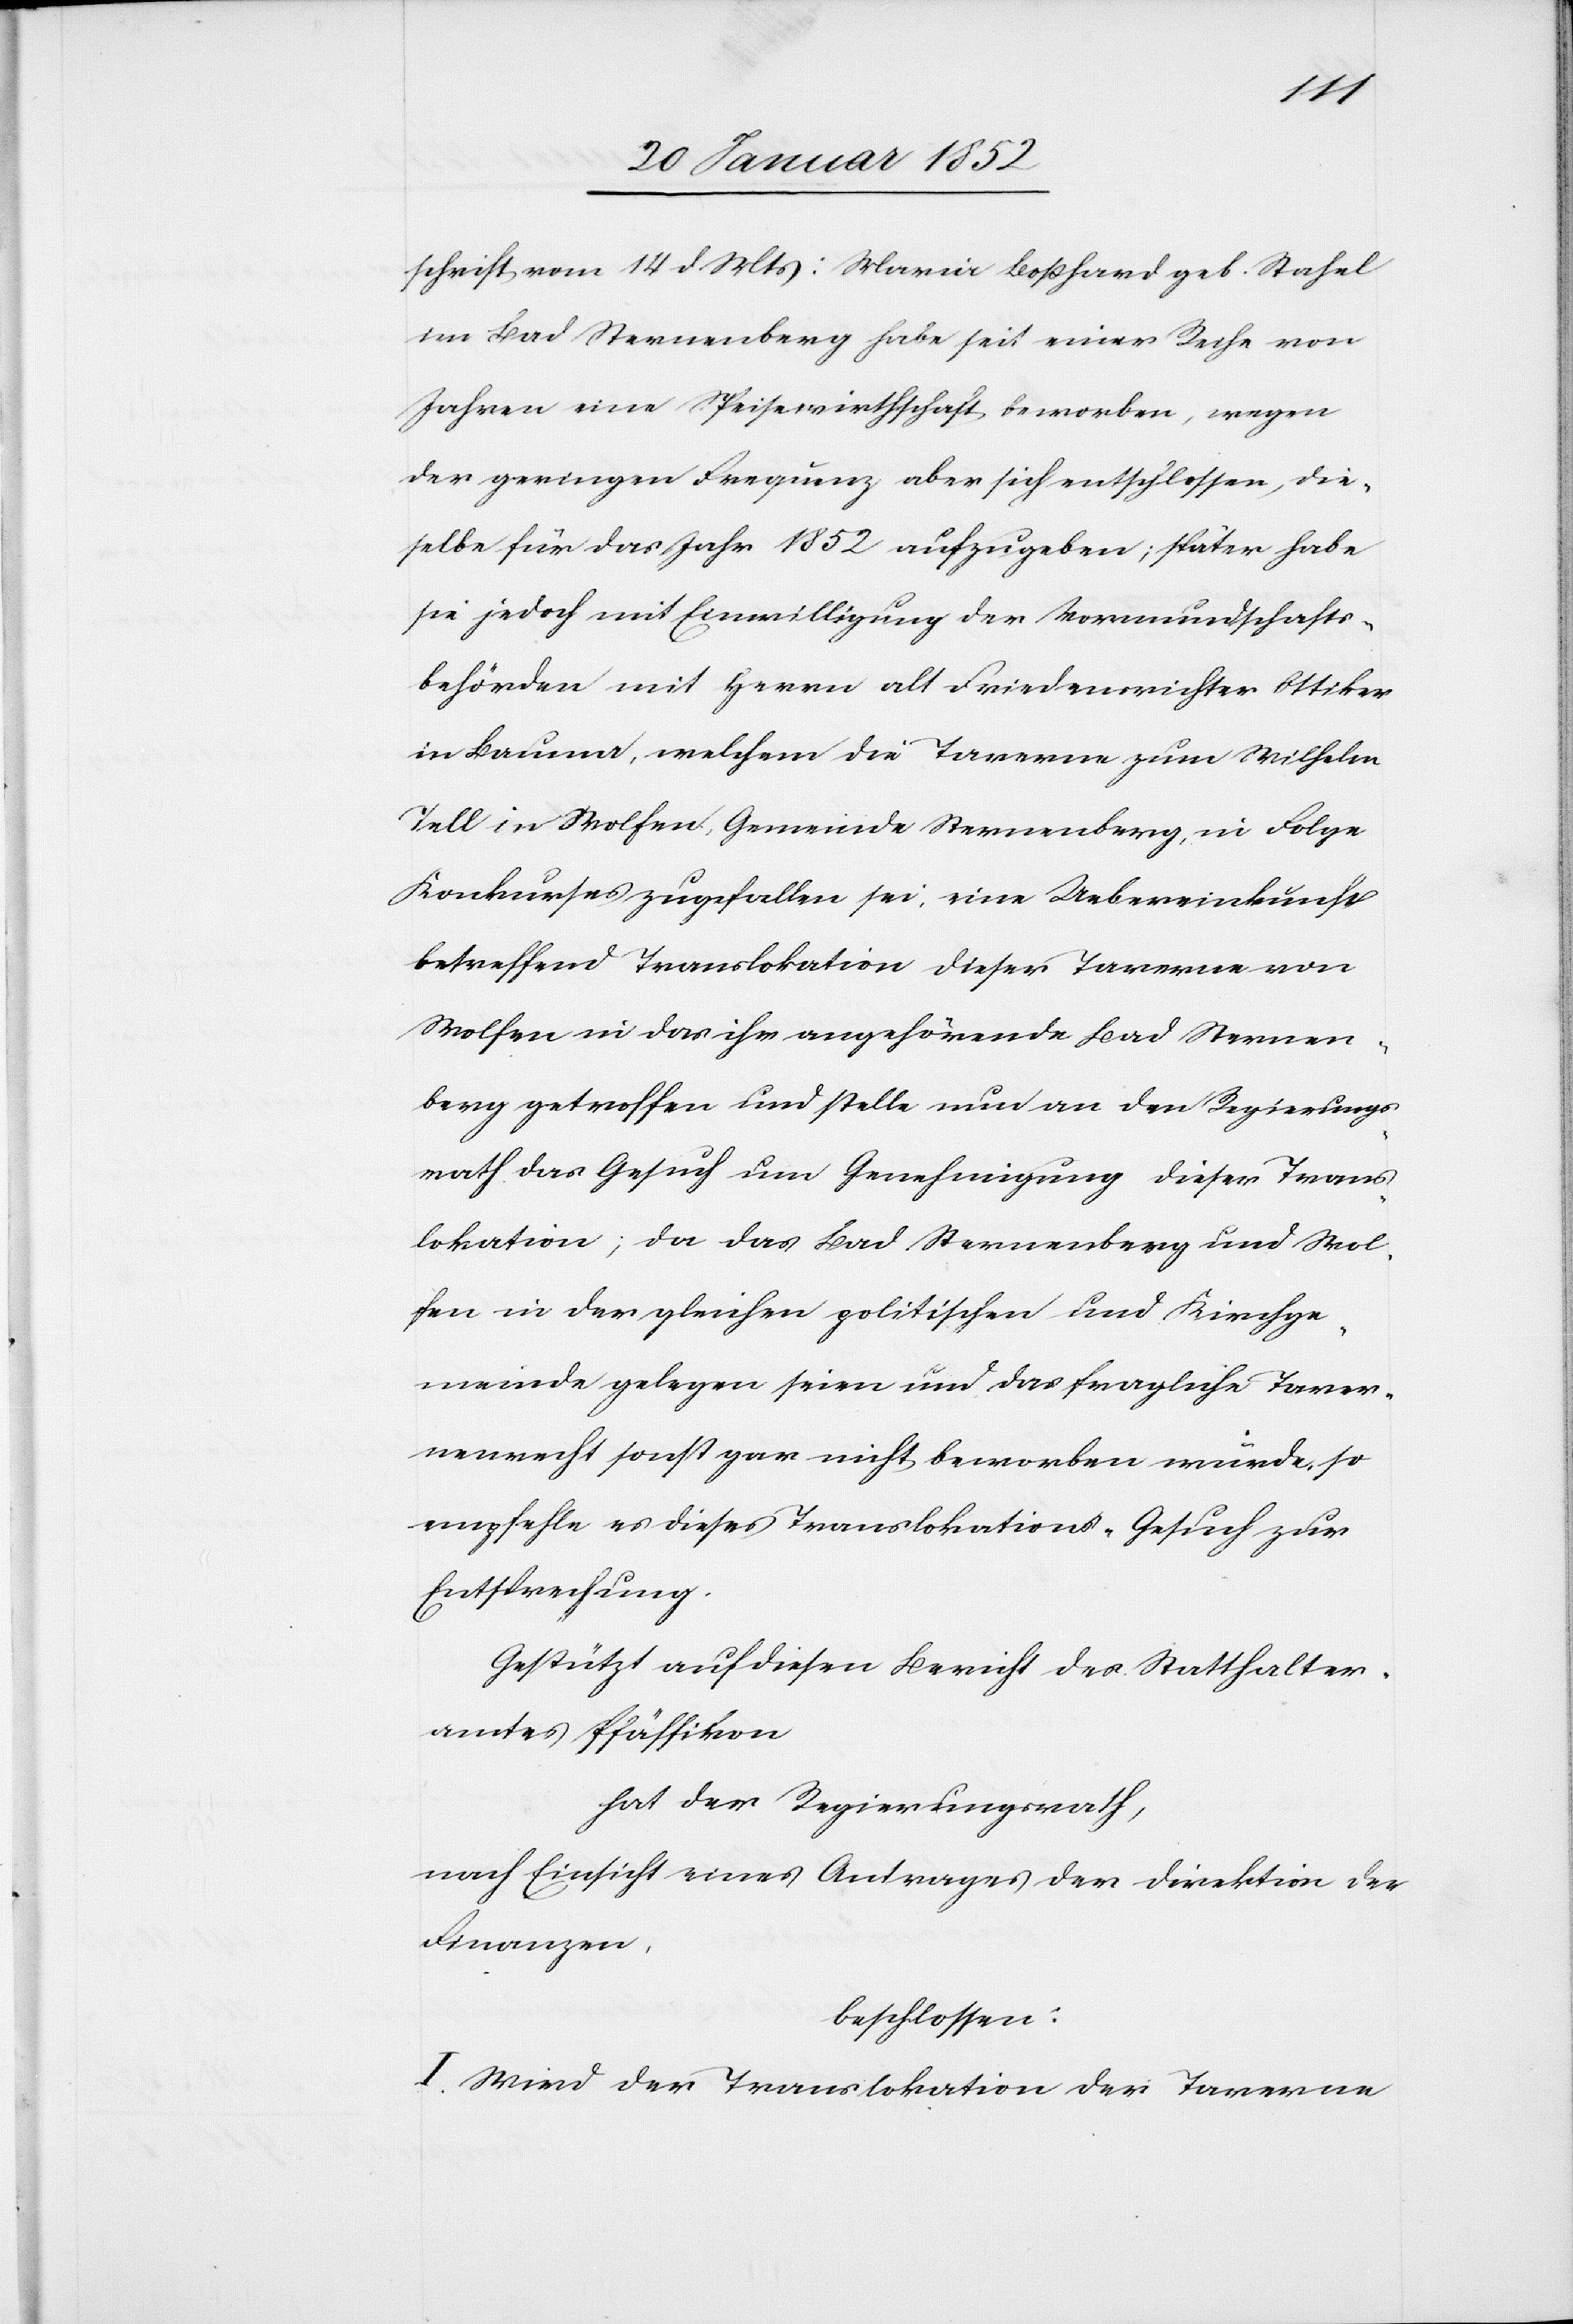
schrift vom 14 d. Mts: Maria Boßhard geb. Stahel
im Bad Sternenberg habe seit einer Reihe von
Jahren eine Speisewirthschaft beworben, wegen
der geringen Frequenz aber sich entschlossen, die¬
selbe für das Jahr 1852 aufzugeben; später habe
sie jedoch mit Einwilligung der Vormundschafts¬
behörden mit Herren alt Friedensrichter Ottiker
in Bauma, welchem die Taverne zum Wilhelm
Tell in Wolfen, Gemeinde Sternenberg, in Folge
Konkurses zugefallen sei, eine Uebereinkunft
betreffend Translokation dieser Taverne von
Wolfen in das ihm angehörende Bad Sternen¬
berg getroffen und stelle nun an den Regierungs¬
rath das Gesuch um Genehmigung dieser Trans¬
lokation, da das Bad Sternenberg und Wol¬
fen in der gleichen politischen und Kirchge¬
meinde gelegen seien und das fragliche Taver¬
nenrecht sonst gar nicht beworben würde, so
empfehle es dieses Translokations-Gesuch zur
Entsprechung.
Gestützt auf diesen Bericht des Statthalter¬
amtes Pfäffikon
hat der Regierungsrath,
nach Einsicht eines Antrages der Direktion der
Finanzen,
beschlossen:
I. Wird der Translokation der Taverne